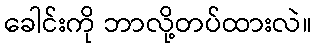
ခေါင်းကို ဘာလို့တပ်ထားလဲ။